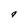
Character: g